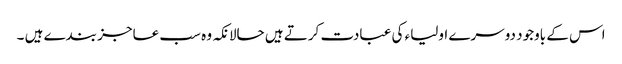
اس کے باوجود دوسرے اولیاء کی عبادت کرتے ہیں حالانکہ وہ سب عاجز بندے ہیں ۔